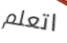
اتعلم